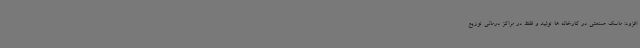
افزود: ماسک صنعتی در کارخانه ها تولید و فقط در مراکز درمانی توزیع